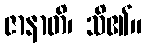
ဇာနာတိ၊ သိ၏။